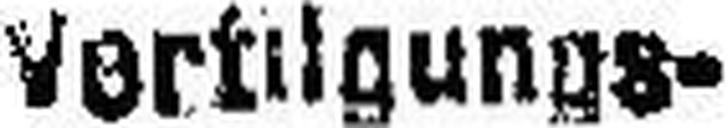
vertilgungs¬